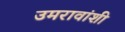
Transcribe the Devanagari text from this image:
उमरावांशी